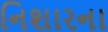
નિશારના